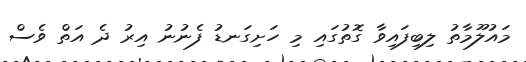
މައުލޫމާތު ލިބިފައިވާ ގޮތުގައި މި ހަށިގަނޑު ފެނުނު އިރު ދެ އަތް ވެސް